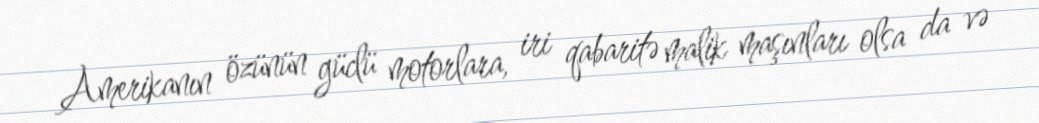
Amerikanın özünün güclü motorlara, iri qabaritə malik maşınları olsa da və